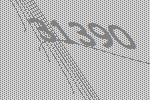
31390